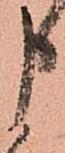
申